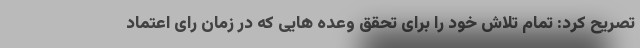
تصریح کرد: تمام تلاش خود را برای تحقق وعده هایی که در زمان رای اعتماد